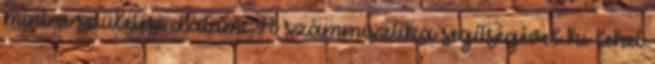
mint a születési dátum. A számmisztika segítségével ki lehet